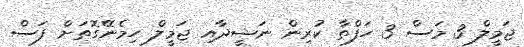
ޖަމީލް 3 މަސް 3 ހަފްތާ ކުރިން ނަޝީދާއި ޖަމީލް ހިމެނޭގޮތަށް ފަސް